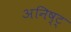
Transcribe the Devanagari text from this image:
अनिष्ट्